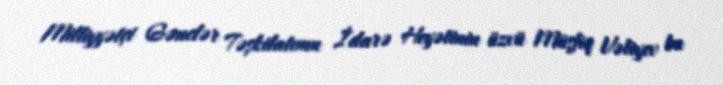
Milliyyətçi Gənclər Təşkilatının İdarə Heyətinin üzvü Müşfiq Vəliyev bu